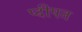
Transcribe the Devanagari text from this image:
प्दीपत